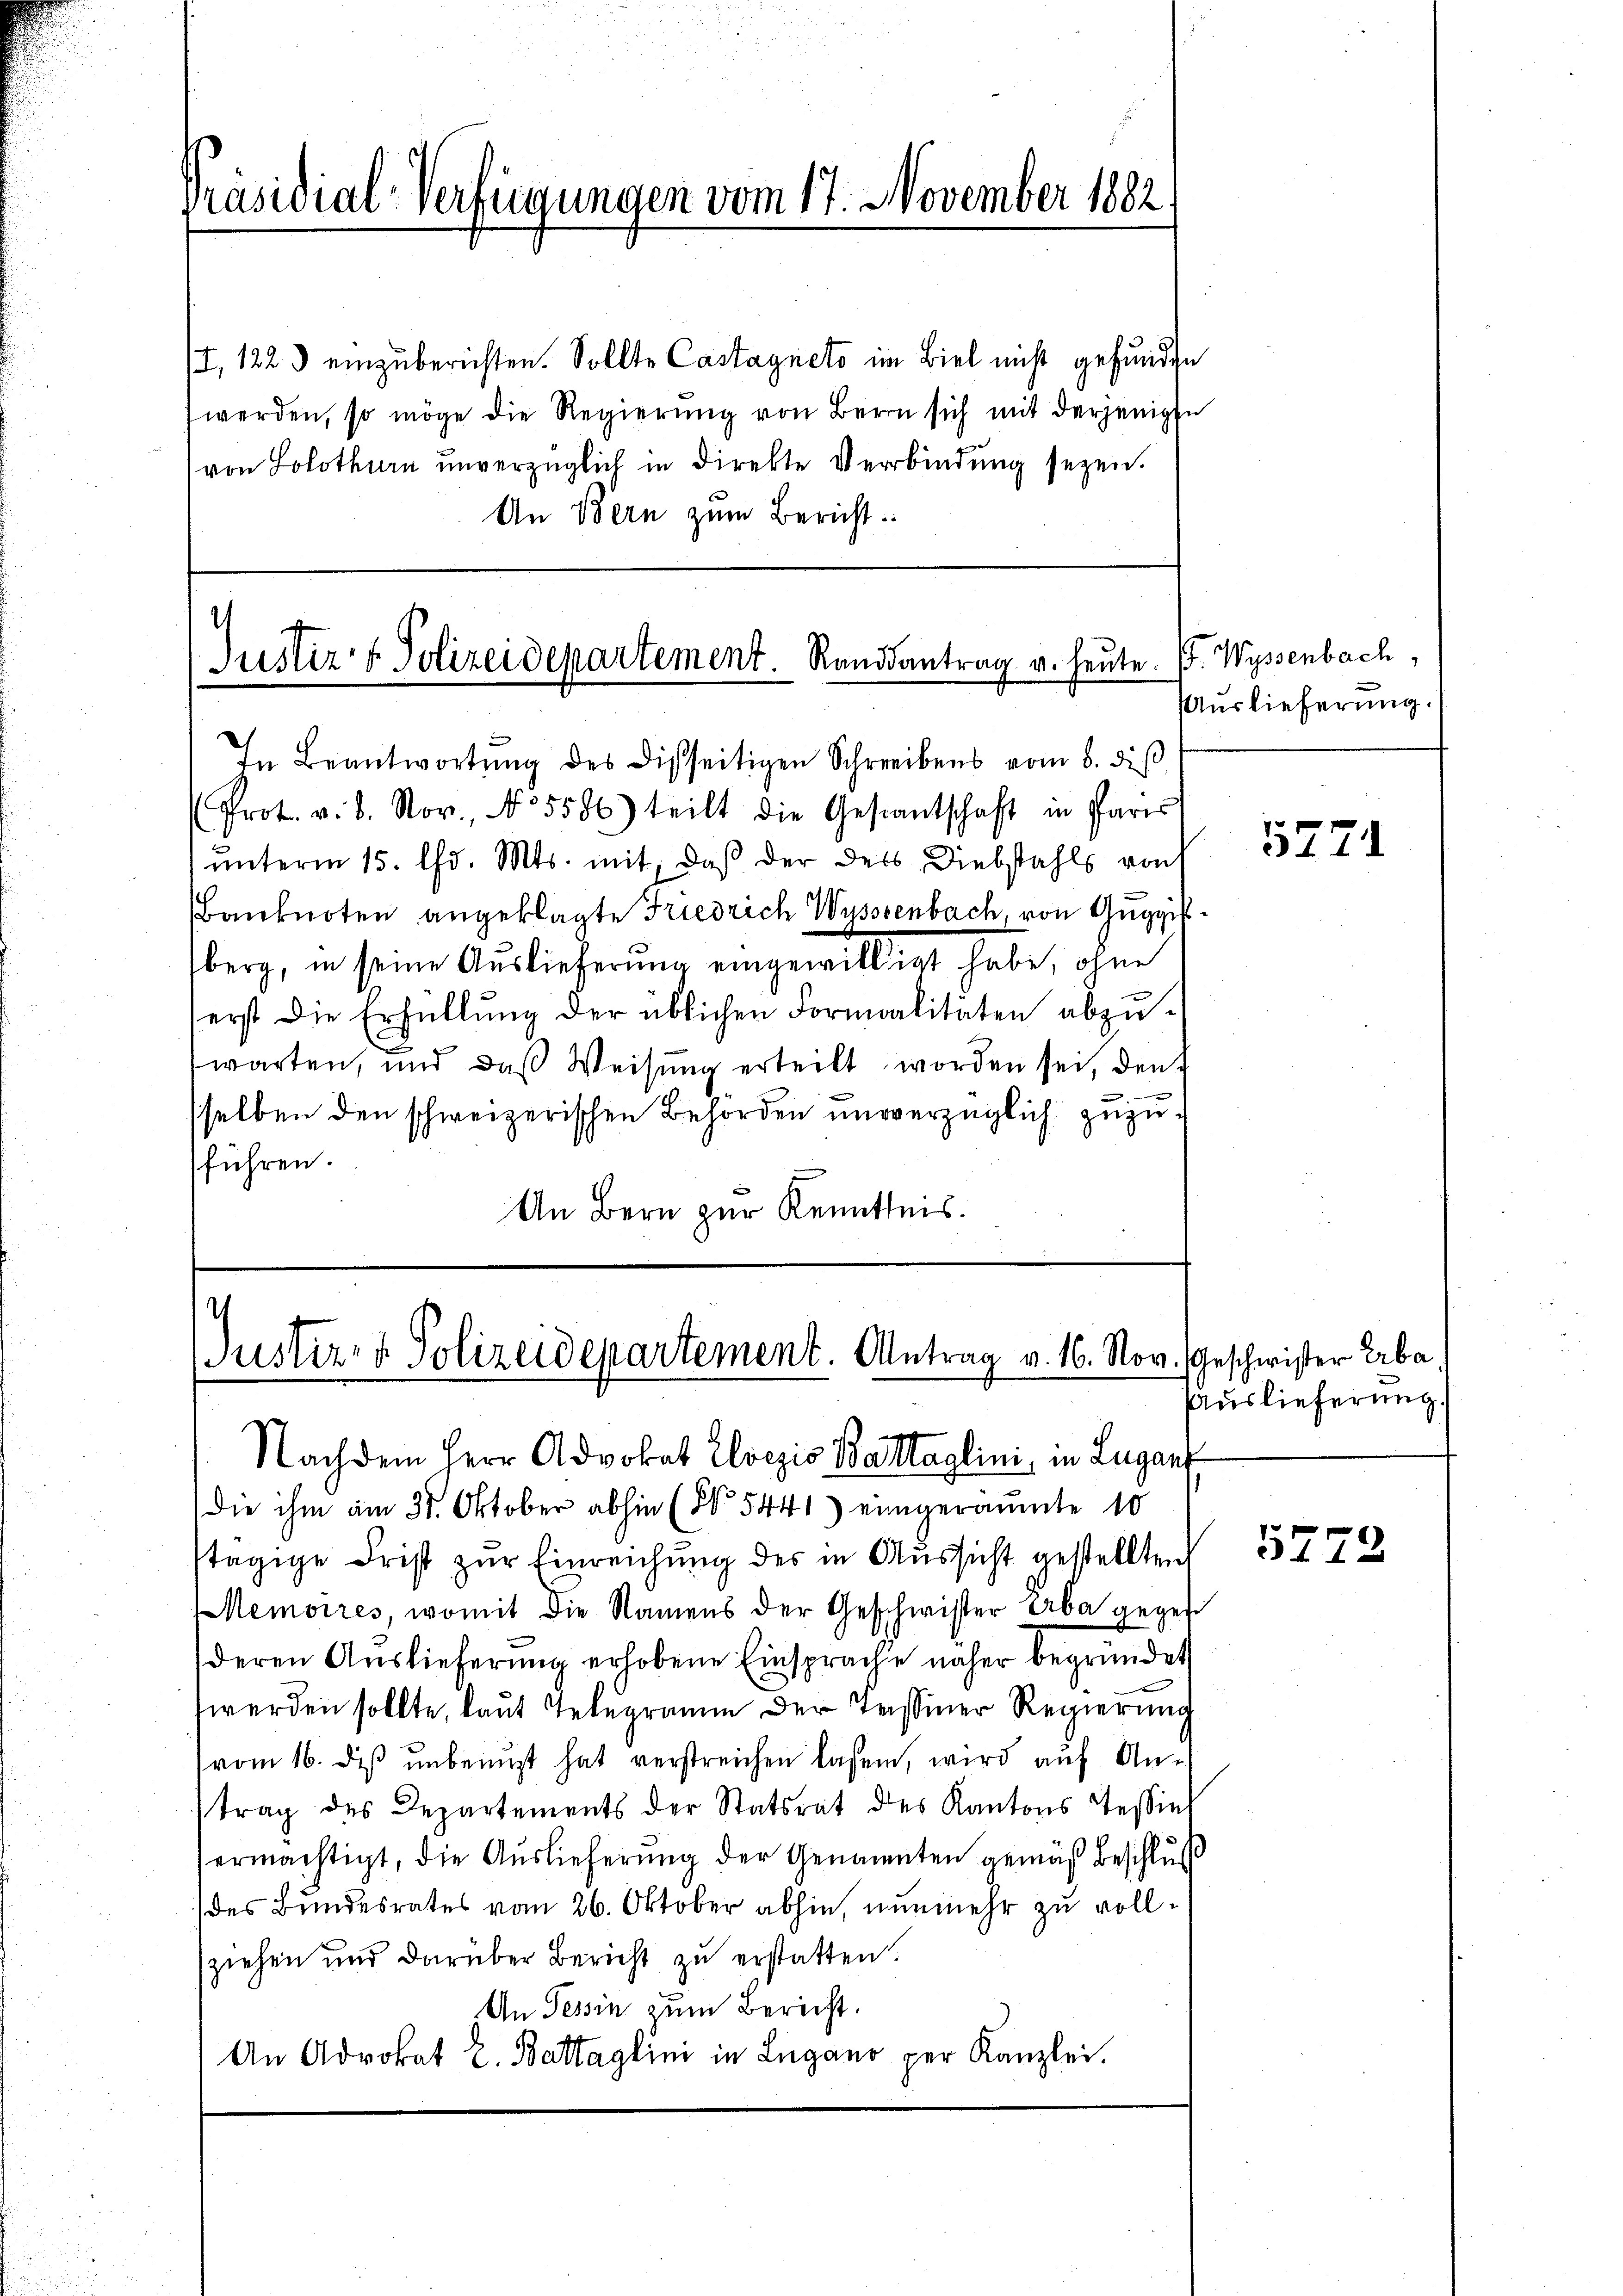
Präsidial-Verfügungen vom 17. November 1882

I, 1223 einzuberichten. Sollte Castagnets im Biel nicht gefunden
werden, so möge die Regierung von Bern sich mit derjenigen
von Solothurn unverzüglich in direkte Verbindung seyen.
An Bern zum Bericht

Justiz- & Polizeidepartement. Randsantrag v. heute.

In Beantwortŭng des Disseitigen Schreibens vom 8. diβ
Prot. v. 8. Nov., N. 5586) teilt die Gestantschaft in Paris
unterm 15. Chr. Mts. mit, daß der dass Diebstahls von
Banknoten angeklagte Friedrich Wysssenbach, von Guggisberg, in seine Auslieferung eingewilligt habe, ohne
erst die Erfüllung der üblichen Formalitäten abzuwarten, und daß Weisung erteilt worden sei, den
.
sselben den schweizerischen Behörden unverzüglich zuzuführen.
An Bern zur Kenntnis.

¬
Justiz- & Polizeidepartement. Antrag v. 16. Nov. Geschwister Erba

Nachdem Herr Advokat Elvezis Battaglini, in Lugang
die ihm am 31. Oktober abhin (No 5441) eingeräumte 10
stägige Frist zŭr Einreichŭng des in Aŭssicht gestellten
Memoires, womit die Namens der Geschwister Erbe gegen
deren Auslieferung erhobene Einsprache näher begründet
werden sollte, laut Telegramm der Tessiner Regierung
vom 16. des unbenuzt hat verstreichen lassen, wird auf Antrag des Departements der Statsrat des Kantons Tessiel
ermächtigt, die Auslieferung der Genannten gemäß Beschluß
des Bundesrates vom 26. Oktober abhin, nunmehr zu vollziehen und darüber Bericht zu erstatten.
An Tessin zum Bericht.
An Advokat E. Battaglini in Lugano per Kanzlei.

V. Wassenbach,
Auslieferung.

5271

Auslieferung

5772